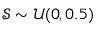
\mathcal { S } \sim \mathcal { U } ( 0 , 0 . 5 )